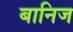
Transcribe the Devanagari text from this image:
बानिज